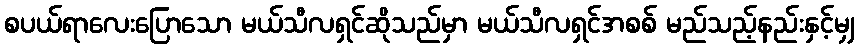
စပယ်ရာလေးပြောသော မယ်သီလရှင်ဆိုသည်မှာ မယ်သီလရှင်အစစ် မည်သည့်နည်းနှင့်မျှ